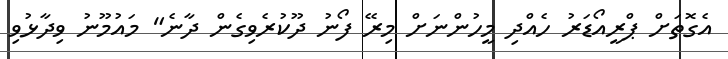
އެގޮތަށް ޕްރީއޯޑަރު ހެއްދި މީހުންނަށް މިރޭ ފޯނު ދޫކުރެވިގެން ދާނެ" މައުމޫނު ވިދާޅުވި